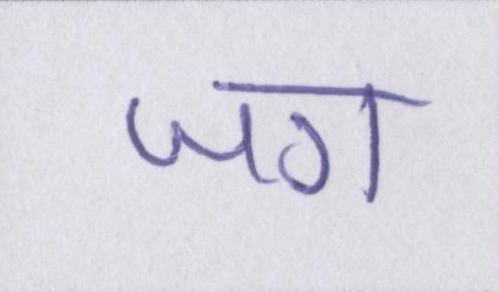
जग